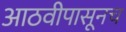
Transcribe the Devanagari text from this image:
आठवीपासूनच